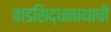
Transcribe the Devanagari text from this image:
वाडसिद्धनाथाची